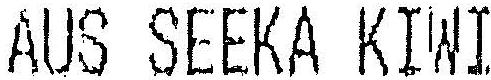
AUS SEEKA KIWI